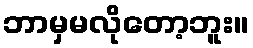
ဘာမှမလိုတော့ဘူး။